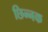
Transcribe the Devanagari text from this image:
छिन्नक